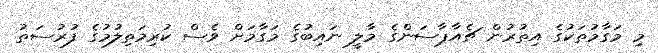
މި މަގާމުތަކުގެ އިތުރުން ޗެއާޕާސަންގެ މާލީ ނައިބުގެ މަގާމަށް ވެސް ކުރިމަތިލުމުގެ ފުރުސަތު